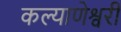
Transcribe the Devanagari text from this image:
कल्याणेश्वरी